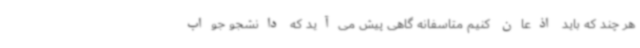
هر چند که باید اذعان کنیم متاسفانه گاهی پیش می‌آید که دانشجو جواب